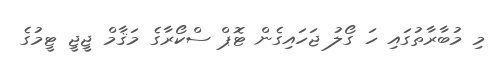
މި މުބާރާތުގައި ހަ ގޯލު ޖަހައިގެން ޓޮޕް ސްކޯރާގެ މަޤާމް ޖީޖީ ޓީމުގެ